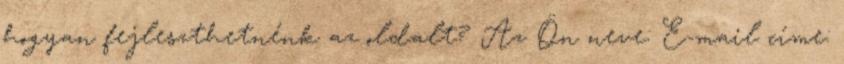
hogyan fejleszthetnénk az oldalt? Az Ön neve: E-mail címe: